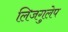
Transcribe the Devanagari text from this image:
लिजगुलेप